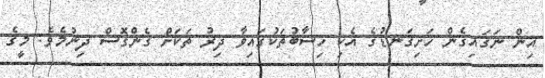
އިން ނަގައިގެން ހަށިގަނޑުގެ އެކި ހިސާބުތަކުގައިވާ ދިރު ތަކަށް ގެންގޮސް ދިނުމެވެ. މީގެ